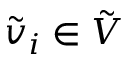
\tilde { v } _ { i } \in \tilde { V }